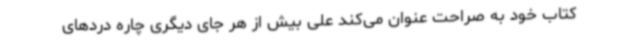
کتاب خود به صراحت عنوان می‌کند علی بیش از هر جای دیگری چاره دردهای